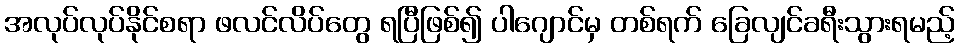
အလုပ်လုပ်နိုင်စရာ ဖလင်လိပ်တွေ ရပြီဖြစ်၍ ပါဂျောင်မှ တစ်ရက် ခြေလျင်ခရီးသွားရမည့်